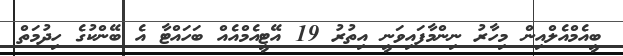
ބީއެމްއެލްއިން މިހާރު ނިންމާފައިވަނީ އިތުރު 19 އޭޓީއެމްއެއް ބަހައްޓާ އެ ބޭންކުގެ ހިދުމަތް